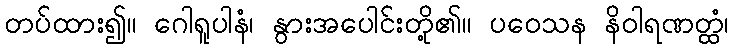
တပ်ထား၍။ ဂေါရူပါနံ၊ နွားအပေါင်းတို့၏။ ပဝေသန နိဝါရဏတ္ထံ၊